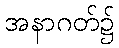
အနာဂတ်၌